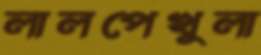
লালপেখুলা